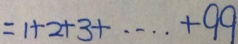
= 1 + 2 + 3 + \cdots + 9 9